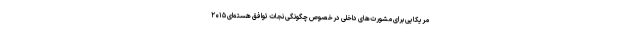
مریکایی برای مشورت‌های داخلی درخصوص چگونگی نجات توافق هسته‌ای ۲۰۱۵